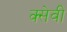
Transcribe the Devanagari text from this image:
क्सेवी